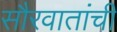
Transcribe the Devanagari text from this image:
सौरवातांची